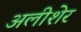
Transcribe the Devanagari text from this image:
अलीशेर